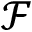
\mathcal { F }